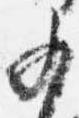
少